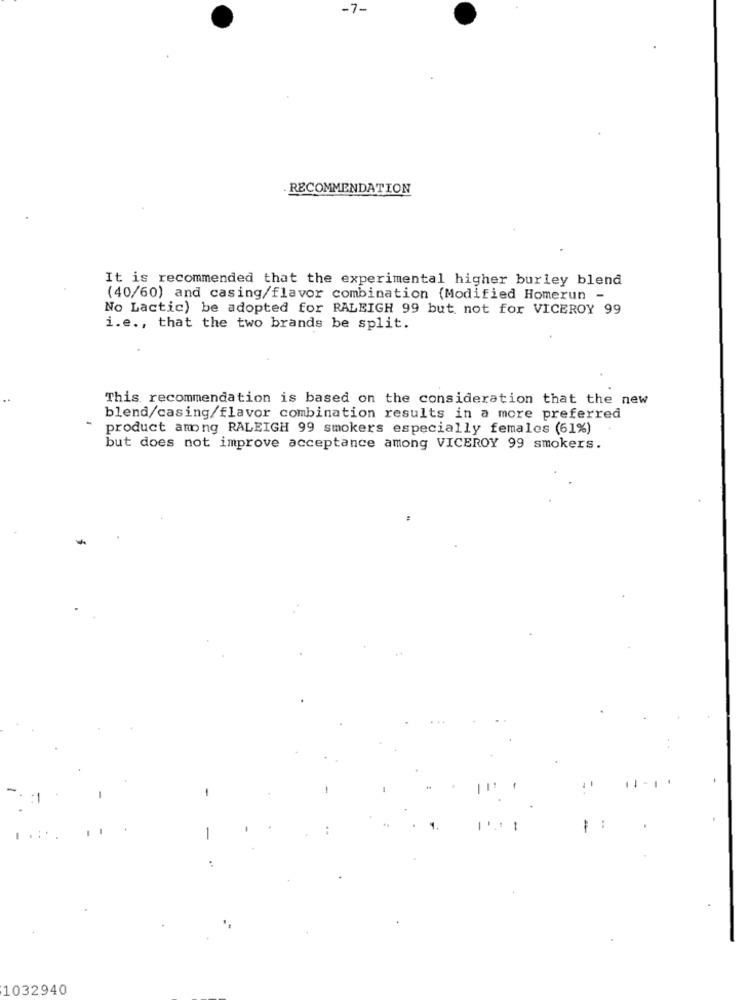
-7-
RECOMMENDATION
It is recommended that the experimental higher burley blend
(40/60) and casing/flavor combination (Modified Homerun -
No Lactic) be adopted for RALEIGH 99 but not for VICEROY 99
i.e ., that the two brands be split.
This recommendation is based on the consideration that the new
blend/casing/flavor combination results in a more preferred
product among RALEIGH 99 smokers especially females (61%)
but does not improve acceptance among VICEROY 99 smokers.
-
-
1032940